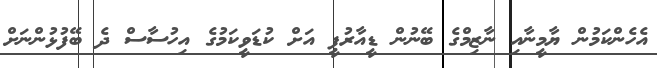
އެހެންކަމުން ޔާމީނާއި ނާޒިމްގެ ބޭނުން ޑީއާރުޕީ އަށް ކުޑަވީކަމުގެ އިހުސާސް ދެ ބޭފުޅުންނަށް